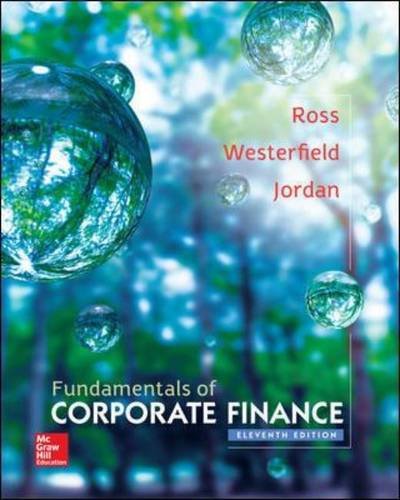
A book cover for Fundamentals of Corporate Finance, 11th Edition (The Mcgraw-Hill/Irwin Series in Finance, Insurance, and Real Estate); Stephen Ross; Business & Money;